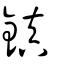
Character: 鎮